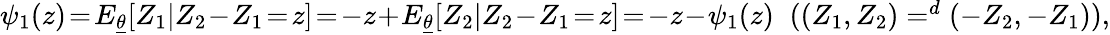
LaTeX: \begin{array}{r}{\psi_{1}(z)\! =\! E_{\underline{{\theta}}}[Z_{1}|Z_{2}\! -\! Z_{1}\! =\! z]\! =\! -z\! +\! E_{\underline{{\theta}}}[Z_{2}|Z_{2}\! -\! Z_{1}\! =\! z]\! =\! -z\! -\! \psi_{1}(z)\; \; ((Z_{1},Z_{2})=^{d}(-Z_{2},-Z_{1})),}\end{array}